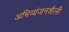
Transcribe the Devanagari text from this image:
अभिव्यंजनशैली